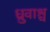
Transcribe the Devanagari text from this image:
ध्रुवाश्च